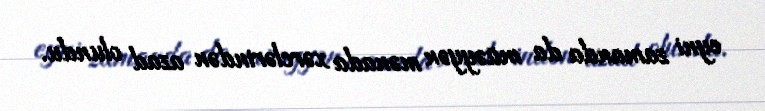
eyni zamanda da müəyyən mənada xərclərindən azad olundu.